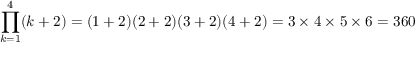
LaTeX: \prod _ { k = 1 } ^ { 4 } ( k + 2 ) = ( 1 + 2 ) ( 2 + 2 ) ( 3 + 2 ) ( 4 + 2 ) = 3 \times 4 \times 5 \times 6 = 3 6 0